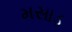
મસાડ